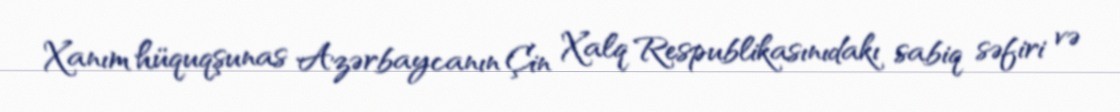
Xanım hüquqşunas Azərbaycanın Çin Xalq Respublikasınıdakı sabiq səfiri və